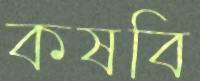
কষবি